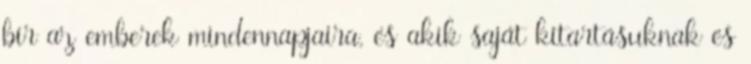
bír az emberek mindennapjaira, és akik saját kitartásuknak és